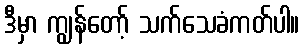
ဒီမှာ ကျွန်တော့် သက်သေခံကတ်ပါ။